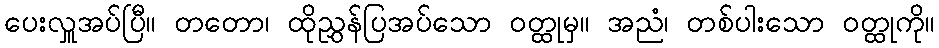
ပေးလှူအပ်ပြီ။ တတော၊ ထိုညွှန်ပြအပ်သော ဝတ္ထုမှ။ အညံ၊ တစ်ပါးသော ဝတ္ထုကို။